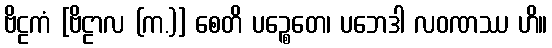
ဗိဠကံ [ဗိဠာလ (က.)] စေတိ ပဉ္စေတေ၊ ပဘေဒါ လဝဏဿ ဟိ။